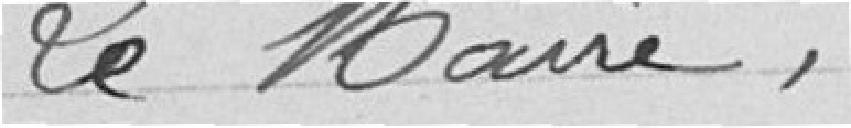
Le Maire,